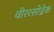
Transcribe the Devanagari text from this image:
वीररसोद्रेक